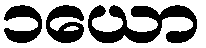
၁ယော